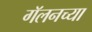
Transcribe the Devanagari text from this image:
गॅलनच्या